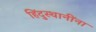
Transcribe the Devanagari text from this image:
हिंदुस्थानींना